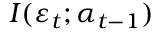
I ( \varepsilon _ { t } ; \alpha _ { t - 1 } )